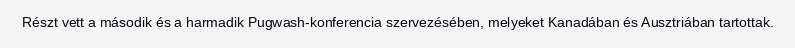
Részt vett a második és a harmadik Pugwash-konferencia szervezésében, melyeket Kanadában és Ausztriában tartottak.